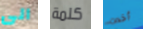
الى كلمة أخدت